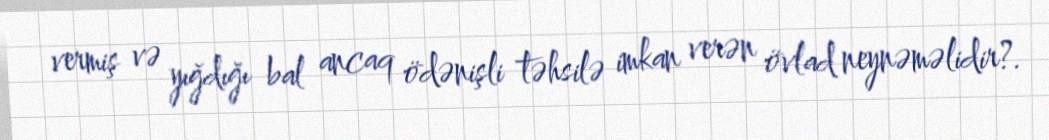
vermiş və yığdığı bal ancaq ödənişli təhsilə imkan verən övlad neynəməlidir?.